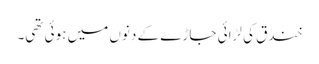
خندق کی لڑائی جاڑے کے دنوں میں ہوئی تھی۔